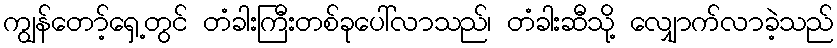
ကျွန်တော့်ရှေ့တွင် တံခါးကြီးတစ်ခုပေါ်လာသည်၊ တံခါးဆီသို့ လျှောက်လာခဲ့သည်